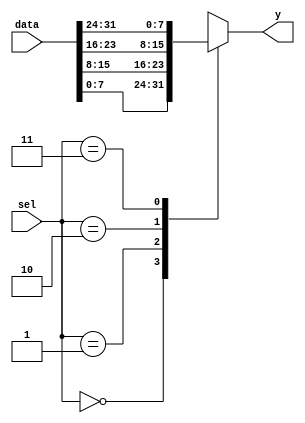
// This program was cloned from: https://github.com/RomeoMe5/DDLM
// License: MIT License

module bn_mux_n_1_generate
#( parameter  DATA_WIDTH = 8,
   parameter  SEL_WIDTH   = 2) 
(
    input   [((2**SEL_WIDTH)*DATA_WIDTH)-1:0] data,
    input   [SEL_WIDTH-1:0]                   sel,   
    output  [DATA_WIDTH-1:0]                  y
);
wire    [DATA_WIDTH-1:0] tmp_array [0:(2**SEL_WIDTH)-1];
genvar i;
generate
    for(i=0; i<2**SEL_WIDTH; i=i+1) 
    begin: gen_array
        assign  tmp_array[i] = data[((i+1)*DATA_WIDTH)-1:(i*DATA_WIDTH)];
    end
endgenerate
    assign  y =  tmp_array[sel];
endmodule